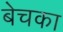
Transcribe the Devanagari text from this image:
बेचका